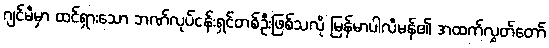
ဂျင်မီမှာ ထင်ရှားသော ဘဏ်လုပ်ငန်းရှင်တစ်ဦးဖြစ်သလို မြန်မာပါလီမန်၏ အထက်လွှတ်တော်